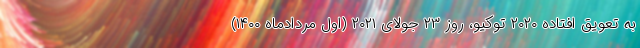
به تعویق افتاده ۲۰۲۰ توکیو، روز ۲۳ جولای ۲۰۲۱ (اول مردادماه ۱۴۰۰)